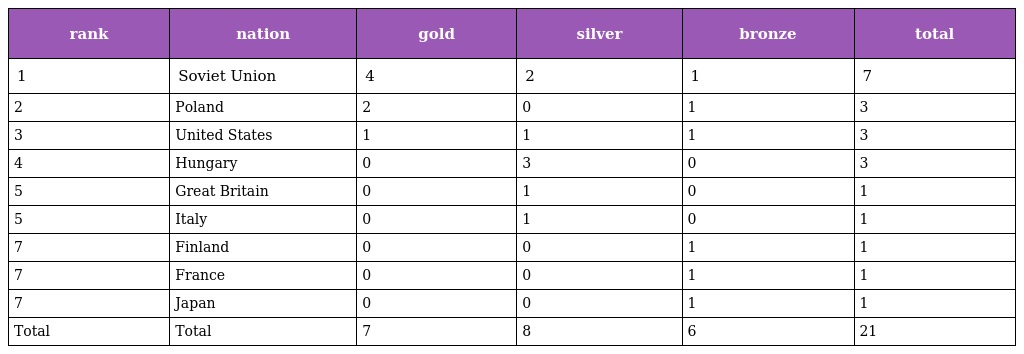
| rank | nation | gold | silver | bronze | total |
 | --- | --- | --- | --- | --- | --- |
 | 1 | Soviet Union | 4 | 2 | 1 | 7 |
 | 2 | Poland | 2 | 0 | 1 | 3 |
 | 3 | United States | 1 | 1 | 1 | 3 |
 | 4 | Hungary | 0 | 3 | 0 | 3 |
 | 5 | Great Britain | 0 | 1 | 0 | 1 |
 | 5 | Italy | 0 | 1 | 0 | 1 |
 | 7 | Finland | 0 | 0 | 1 | 1 |
 | 7 | France | 0 | 0 | 1 | 1 |
 | 7 | Japan | 0 | 0 | 1 | 1 |
 | Total | Total | 7 | 8 | 6 | 21 |